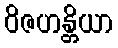
ဝိဇဟန္တိယာ